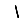
Digit: 1